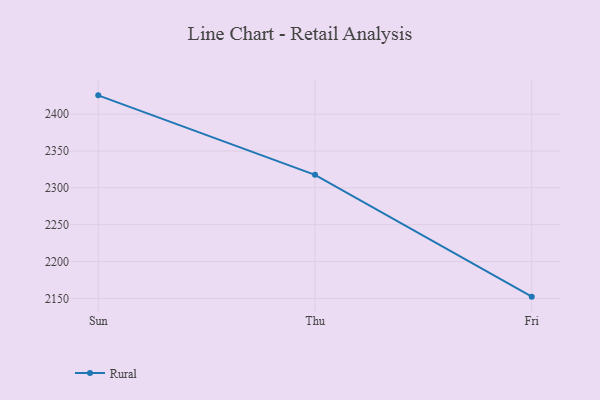
{"axis": {"x": "Day", "y": "Page Views"}, "legend": ["Rural"], "data": [{"x": "Sun", "y": 2425.4, "type": "Rural"}, {"x": "Thu", "y": 2317.6, "type": "Rural"}, {"x": "Fri", "y": 2152.4, "type": "Rural"}]}